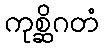
ကုစ္ဆိဂတံ